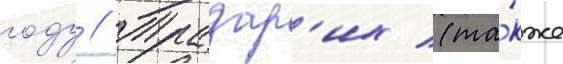
году // Тразар'их (та́кже